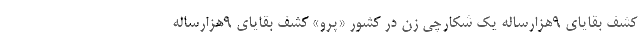
کشف بقایای ۹‌هزارساله یک شکارچی زن در کشور «پرو» کشف بقایای ۹هزارساله